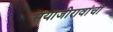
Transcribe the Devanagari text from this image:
सयाजीरावांची